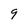
Character: 9